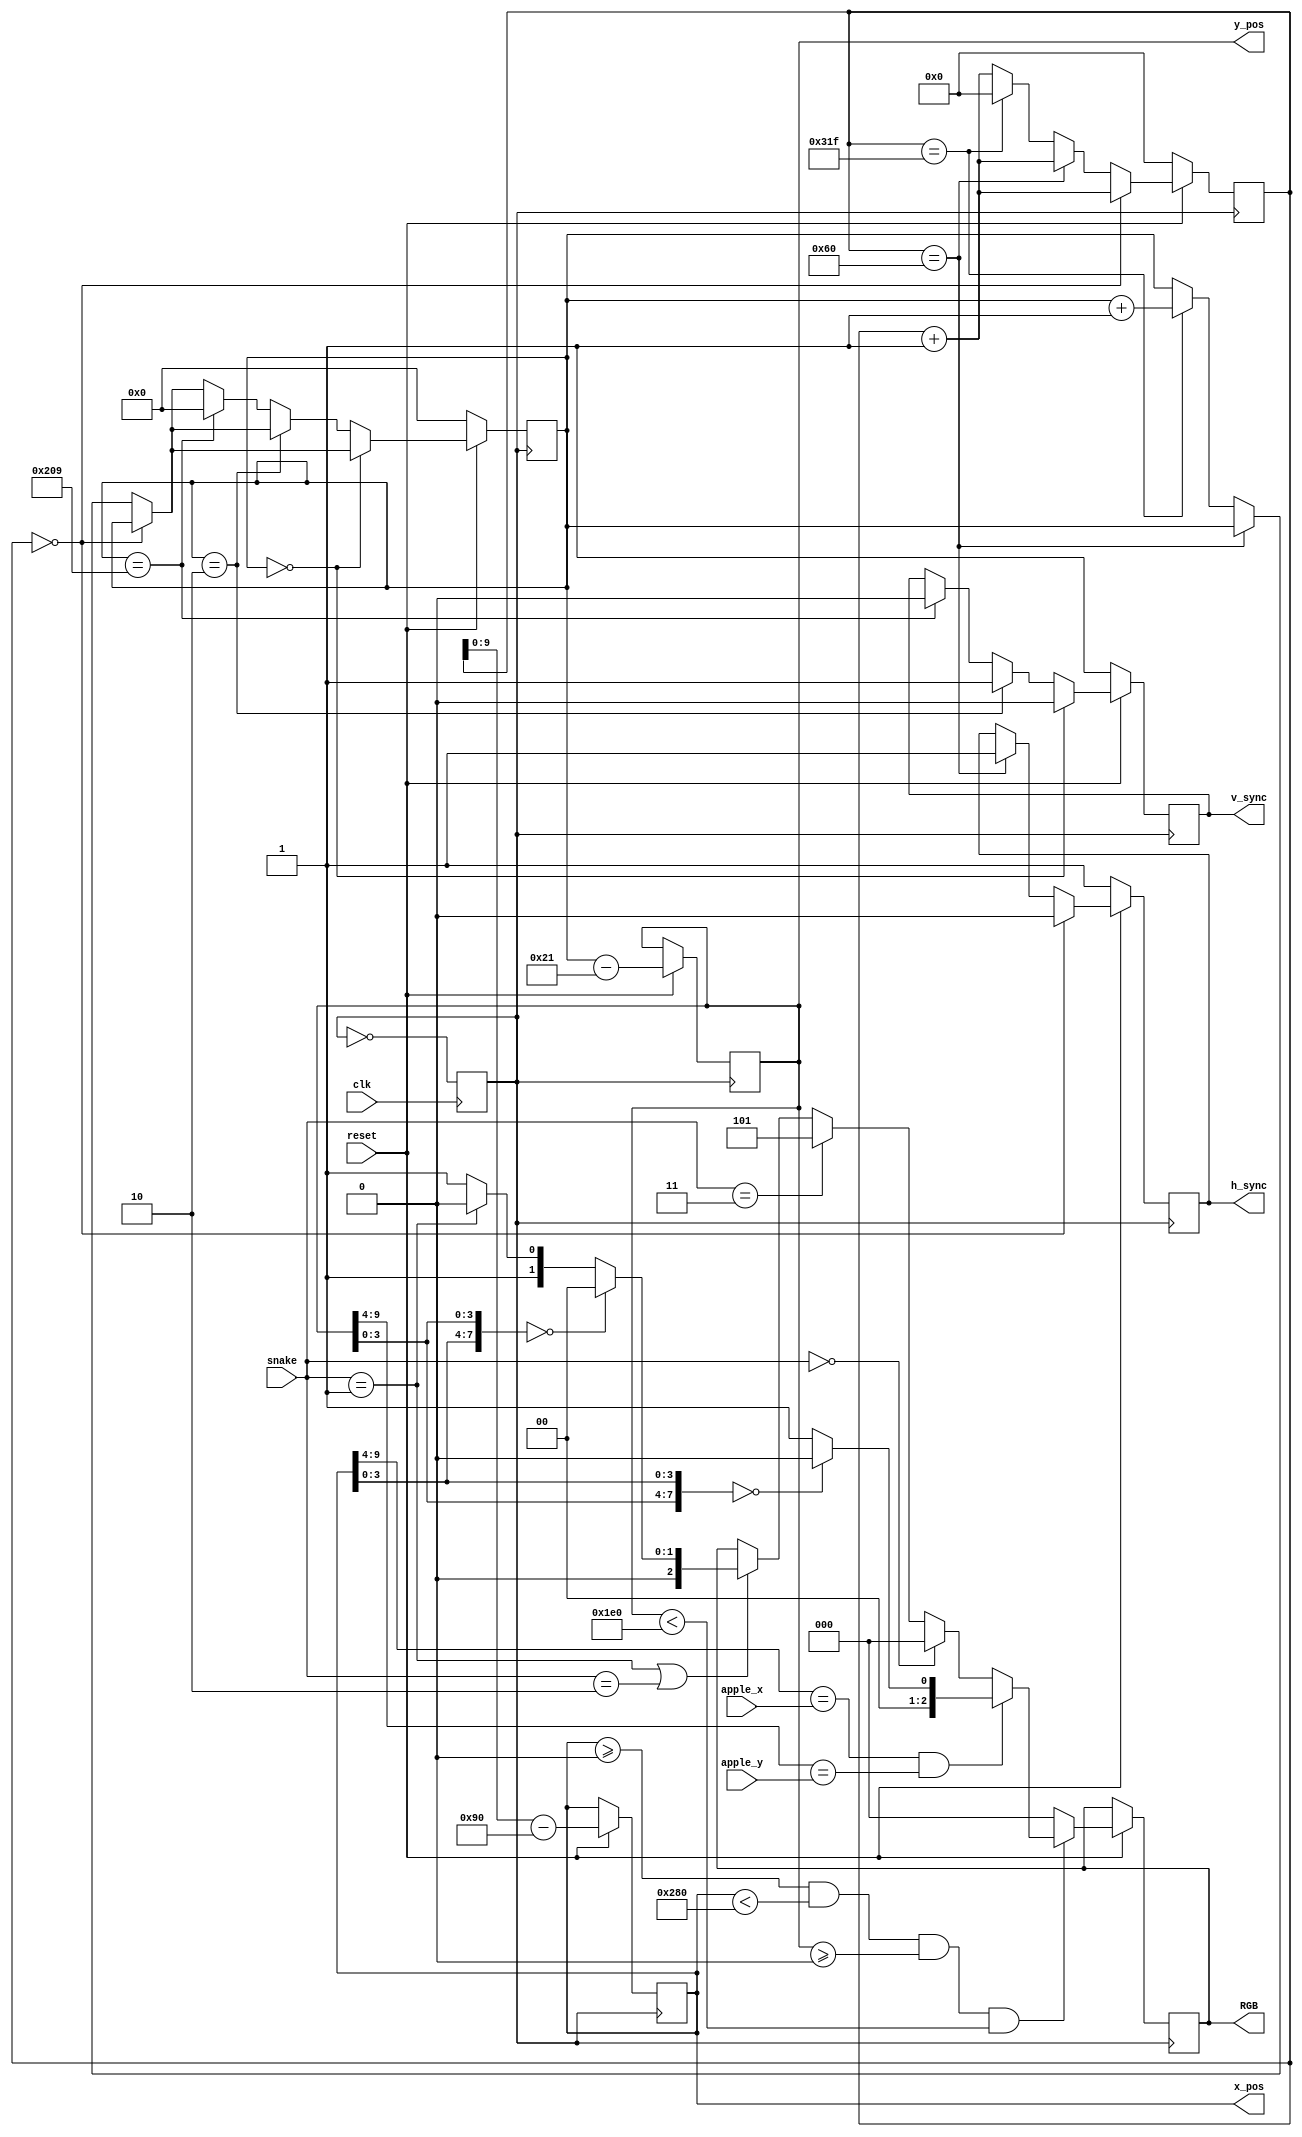
`timescale 1ns / 1ps
module VGA_display (
	input clk,
	input reset,
	input [1:0] snake,
	input [5:0] apple_x,
	input [4:0] apple_y,
	output reg [9:0] x_pos,
	output reg [9:0] y_pos,
	output reg h_sync,
	output reg v_sync,
	output reg [2:0] RGB
	);
	
	reg [19:0] clk_cnt;
	reg [9:0] line_cnt;
	reg clk_25M;
	localparam NONE = 2'b00;
	localparam HEAD = 2'b01;
	localparam BODY = 2'b10;
	localparam WALL = 2'b11;
	localparam HEAD_COLOR = 3'b010;
	localparam BODY_COLOR = 3'b011;
	reg [3:0] lox;
	reg [3:0] loy;

	always @( posedge clk ) begin
		clk_25M <= ~clk_25M;
	end
	// generate display signal
	always @( posedge clk_25M  ) begin		
		if( reset == 0) begin 
			clk_cnt <= 0;
			line_cnt <= 0;
			h_sync <= 1;
			v_sync <= 1;
		end
		
		else begin
			x_pos <= clk_cnt - 144;
			y_pos <= line_cnt - 33;
			
			if( clk_cnt == 0 ) begin
				h_sync <= 0;
				clk_cnt <= clk_cnt + 1;
			end
			
			else if( clk_cnt == 96 ) begin
				h_sync <= 1;
				clk_cnt <= clk_cnt + 1;
			end

			else if( clk_cnt == 799 ) begin
				clk_cnt <= 0;
				line_cnt <= line_cnt + 1;
			end

			else 
				clk_cnt <= clk_cnt + 1;


			if( line_cnt == 0 ) begin	
				v_sync <= 0;
			end

			else if( line_cnt == 2 ) begin
				v_sync <= 1;
			end

			else if( line_cnt == 521 ) begin
				line_cnt <= 0;
				v_sync <= 0;
			end	

			if( x_pos >= 0 && x_pos < 640 && y_pos >= 0 && y_pos < 480 ) begin	
				lox = x_pos[3:0];
				loy = y_pos[3:0];
				
				
				if( x_pos[9:4] == apple_x && y_pos[9:4] == apple_y )
						case( {loy, lox} )
						8'b0000_0000: RGB = 3'b000;
						default:RGB = 3'b001;
						endcase
						
				else if( snake == NONE )
						RGB = 3'b000;
						
				else if( snake == WALL )
						RGB = 3'b101;
						
				else if( snake == HEAD | snake == BODY ) begin	
					case( {lox, loy} )
					8'b0000_0000: RGB = 3'b000;
					default:RGB = ( snake == HEAD ) ? HEAD_COLOR: BODY_COLOR;
					endcase
				end
			end

			else 
				RGB = 3'b000;
		end
	end	  
endmodule